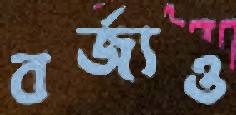
বর্জ্যও